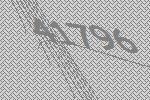
41796